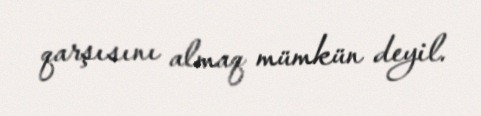
qarşısını almaq mümkün deyil.